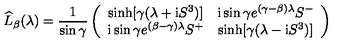
\widehat { L } _ { \beta } ( \lambda ) = \frac { 1 } { \sin \gamma } \left( \begin{array} { c c } { \sinh [ \gamma ( \lambda + \mathrm { i } S ^ { 3 } ) ] } & { \mathrm { i } \sin \gamma e ^ { ( \gamma - \beta ) \lambda } S ^ { - } } \\ { \mathrm { i } \sin \gamma e ^ { ( \beta - \gamma ) \lambda } S ^ { + } } & { \sinh [ \gamma ( \lambda - \mathrm { i } S ^ { 3 } ) ] } \\ \end{array} \right)